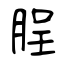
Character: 脭